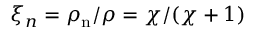
\xi _ { n } = \rho _ { \mathrm { n } } / \rho = \chi / ( \chi + 1 )